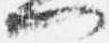
門